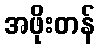
အဖိုးတန်